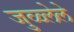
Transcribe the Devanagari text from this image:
जुळ्लेले